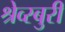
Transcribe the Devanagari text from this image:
श्रेव्स्बुरी